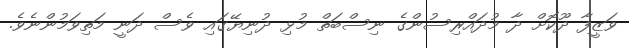
ވަޒީފާ ދޫކޮށް ދާ މުދައްރިސުންގެ ނިސްބަތް މުޅި ދުނިޔޭގައި ވެސް ދަނީ މަތިވަމުންނެވެ.